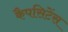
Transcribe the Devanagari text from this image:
कैपसिटेंस